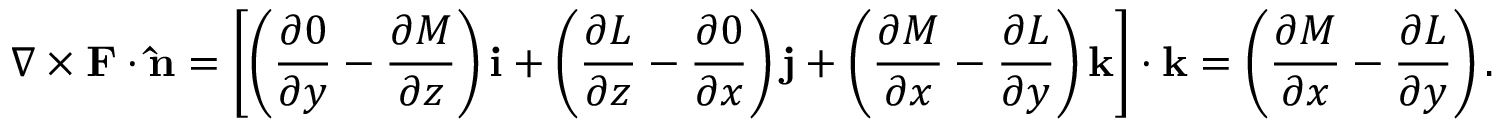
\nabla \times \mathbf { F } \cdot \mathbf { \hat { n } } = \left[ \left( { \frac { \partial 0 } { \partial y } } - { \frac { \partial M } { \partial z } } \right) \mathbf { i } + \left( { \frac { \partial L } { \partial z } } - { \frac { \partial 0 } { \partial x } } \right) \mathbf { j } + \left( { \frac { \partial M } { \partial x } } - { \frac { \partial L } { \partial y } } \right) \mathbf { k } \right] \cdot \mathbf { k } = \left( { \frac { \partial M } { \partial x } } - { \frac { \partial L } { \partial y } } \right) .